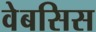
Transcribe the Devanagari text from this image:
वेबसिस